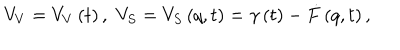
V _ { V } = V _ { V } \left( t \right) , \, \, V _ { S } = V _ { S } \left( q , t \right) = \gamma \left( t \right) - \dot { F } \left( q , t \right) ,